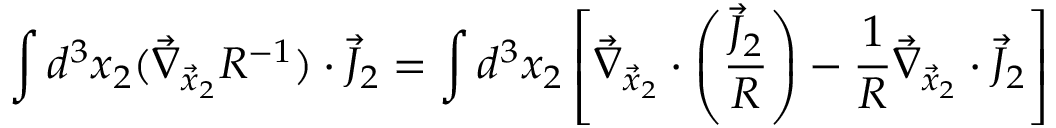
\int d ^ { 3 } x _ { 2 } ( \vec { \nabla } _ { \vec { x } _ { 2 } } R ^ { - 1 } ) \cdot \vec { J } _ { 2 } = \int d ^ { 3 } x _ { 2 } \left[ \vec { \nabla } _ { \vec { x } _ { 2 } } \cdot \left( \frac { \vec { J } _ { 2 } } { R } \right) - \frac { 1 } { R } \vec { \nabla } _ { \vec { x } _ { 2 } } \cdot \vec { J } _ { 2 } \right]